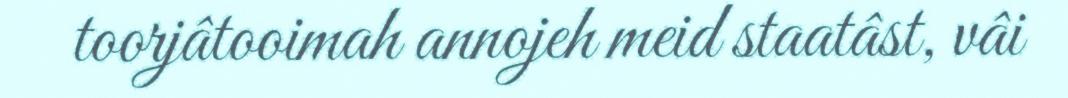
toorjâtooimah annojeh meid staatâst, vâi